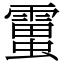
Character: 𧒜